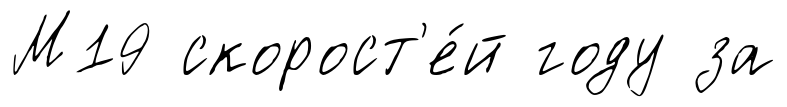
М19 скорост'е́й году за